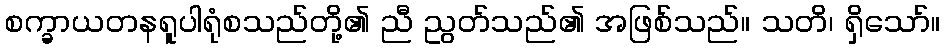
စက္ခာယတနရူပါရုံစသည်တို့၏ ညီ ညွတ်သည်၏ အဖြစ်သည်။ သတိ၊ ရှိသော်။